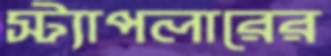
স্ট্যাপলারের